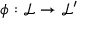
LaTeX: \phi : { \mathcal { L } } \to { \mathcal { L } } ^ { \prime }